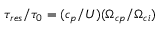
\tau _ { r e s } / \tau _ { 0 } = ( c _ { p } / U ) ( \Omega _ { c p } / \Omega _ { c i } )